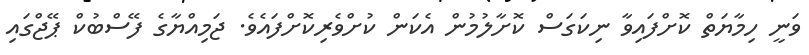
ވަނީ ހިމާޔަތް ކޮށްފައިވާ ނިކަގަސް ކޮށާލުމުން އެކަން ކުށްވެރިކޮށްފައެވެ. ޖަމިއްޔާގެ ފޭސްބުކް ޕޭޖްގައި